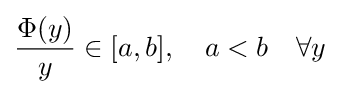
{\frac {\Phi (y)}{y}}\in [a,b],\quad a<b\quad \forall y